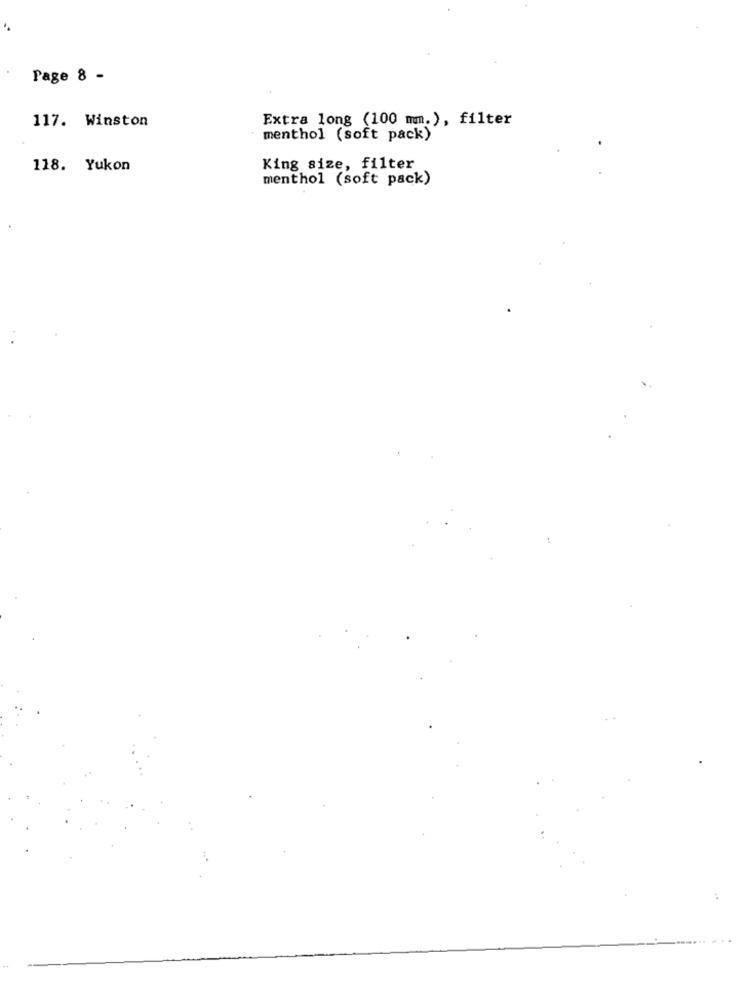
Page 8 -
Extra long (100 mm.), filter
117. Winston
menthol (soft pack)
118. Yukon
King size, filter
menthol (soft pack)